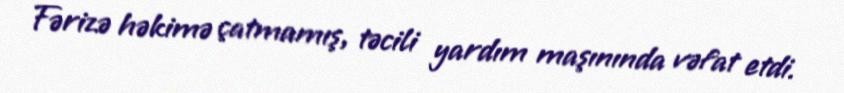
Fərizə həkimə çatmamış, təcili yardım maşınında vəfat etdi.